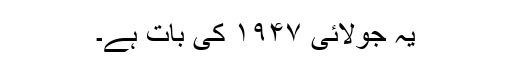
یہ جولائی ۱۹۴۷ کی بات ہے۔